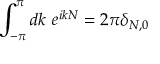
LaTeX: \int _ { - \pi } ^ { \pi } d k ~ e ^ { i k N } = 2 \pi \delta _ { N , 0 }